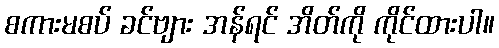
စကားမစပ် ခင်ဗျား အန်ရင် အိတ်ကို ကိုင်ထားပါ။